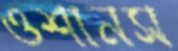
ওশানস